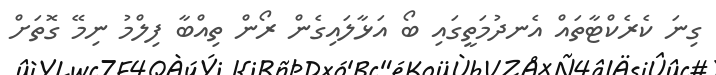
ގިނަ ކެރެކްޓާތައް އެނދުމަތީގައި ބޯ އަޅާލައިގެން ރޯން ތިއްބާ ފިލްމު ނިމޭ ގޮތަށް